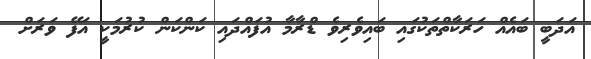
އަދަބީ ބައެއް ހަރަކާތްތަކުގައި ބައިވެރިވެ ޑްރާމާ އުފައްދައި ކަންކަން ކުރުމަކީ އަފޭ ވަރަށް